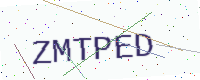
Text: ZMTPED